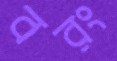
বরং